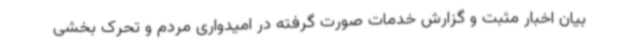
بیان اخبار مثبت و گزارش خدمات صورت گرفته در امیدواری مردم و تحرک بخشی